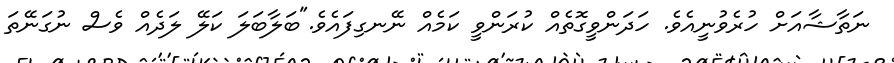
ނަތާޝާއަށް ހުރެވުނީއެވެ. ހަދަންވީގޮތެއް ކުރަންވީ ކަމެއް ނޭނގިފައެވެ."ބަލާބަލަ ކަލޭ ލަދެއް ވެސް ނުގަނޭތަ